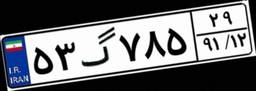
۵۳گ۷۸۵۲۹